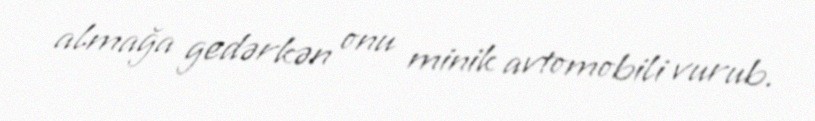
almağa gedərkən onu minik avtomobili vurub.